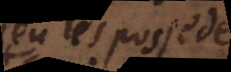
Dieu les possede